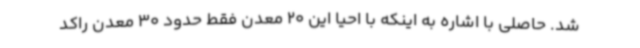
شد. حاصلی با اشاره به اینکه با احیا این 20 معدن فقط حدود 30 معدن راکد